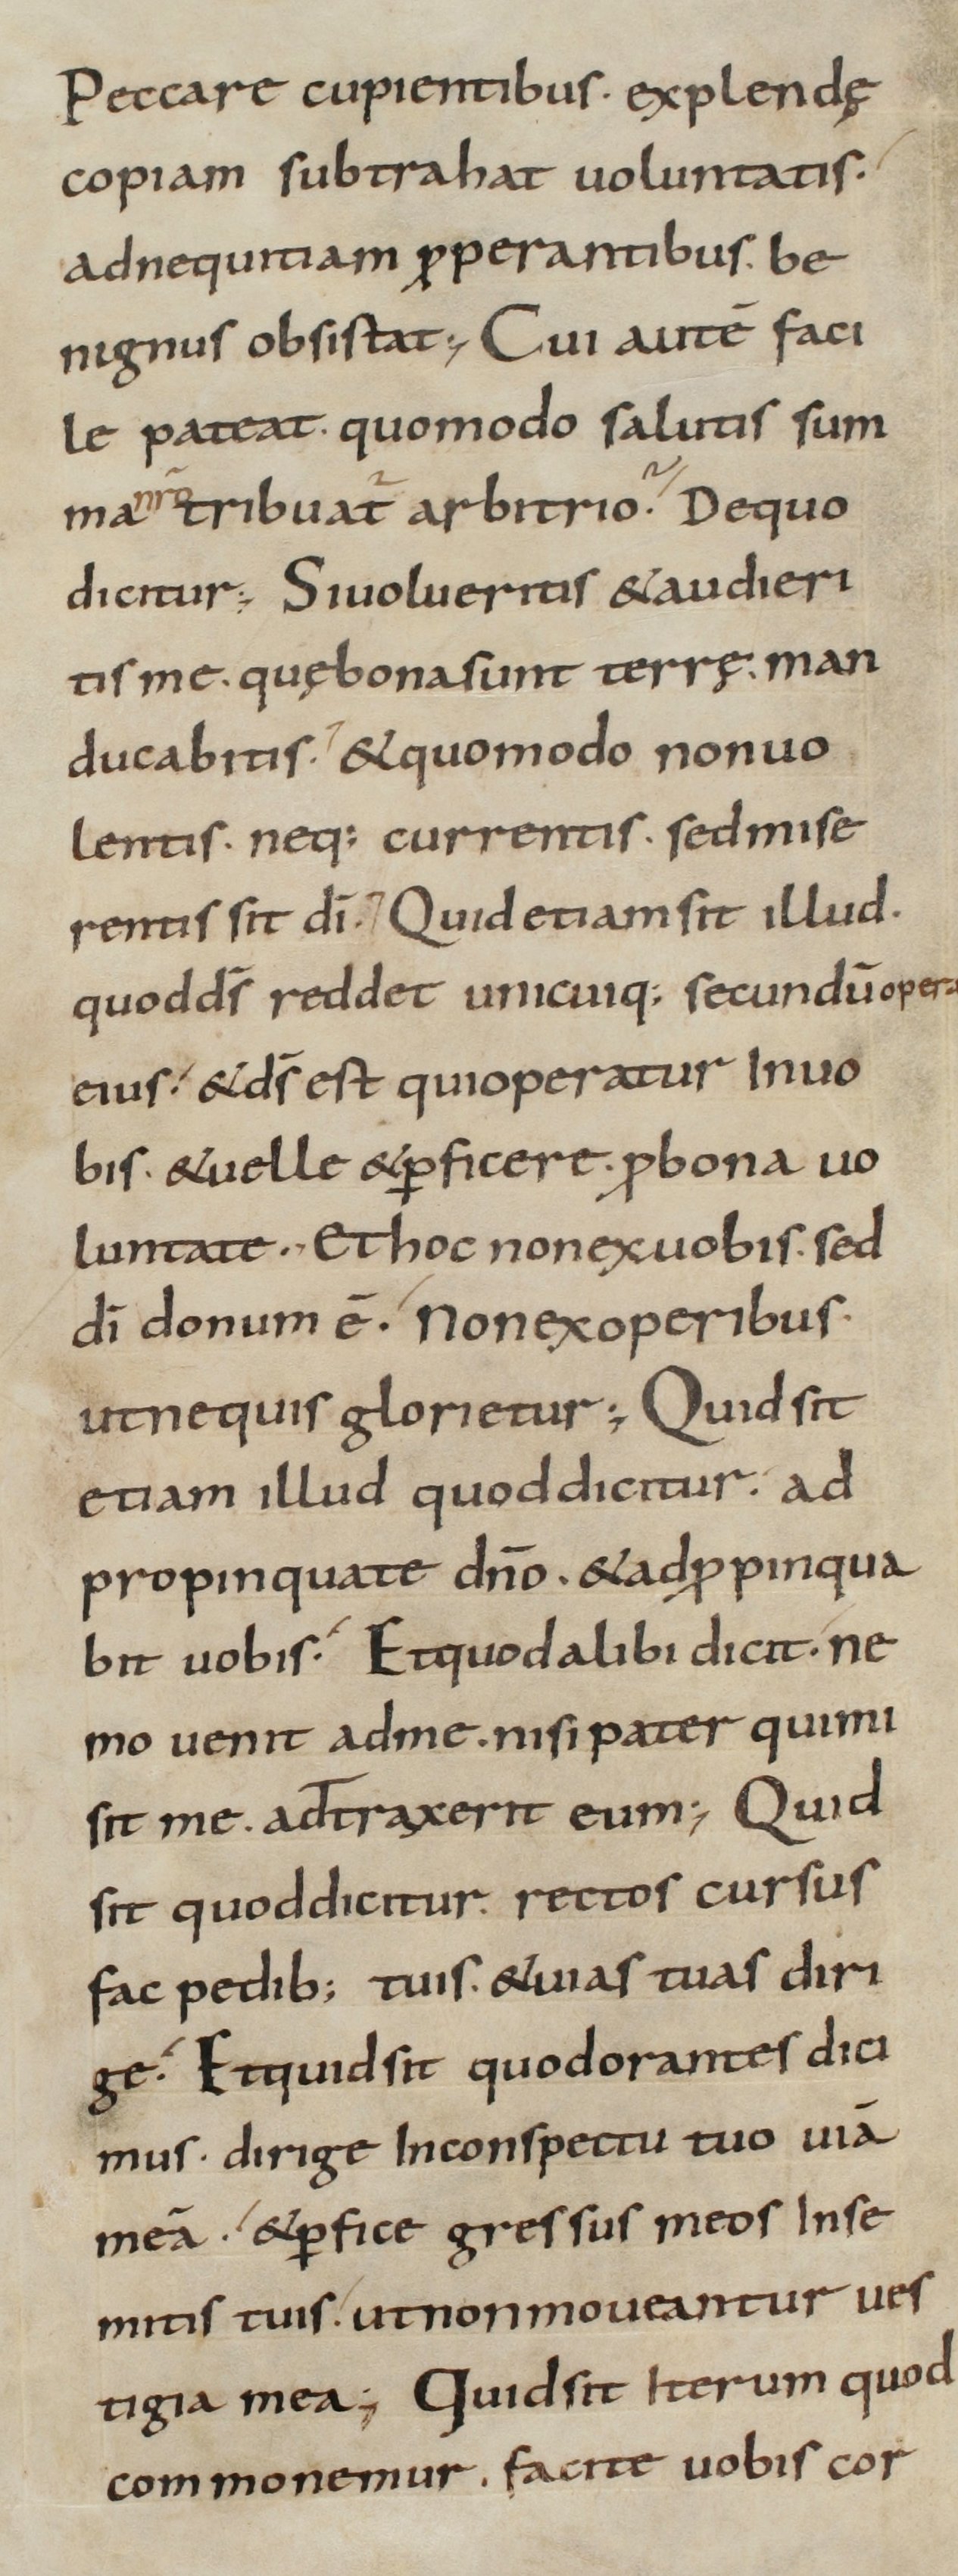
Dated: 800–899